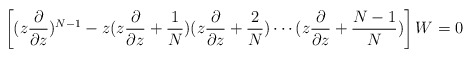
\begin{align*}\left[(z\frac{\partial}{\partial z})^{N-1}-z(z\frac{\partial}{\partial z}+\frac{1}{N})(z\frac{\partial}{\partial z}+\frac{2}{N})\cdots(z\frac{\partial}{\partial z}+\frac{N-1}{N})\right]W=0\end{align*}